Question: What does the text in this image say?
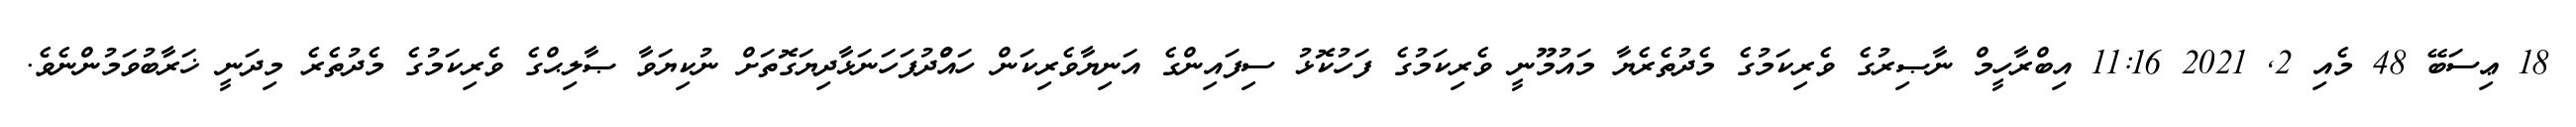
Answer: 18 ޢިސަބޭ 48 މެއި 2, 2021 11:16 އިބްރާހީމް ނާޞިރުގެ ވެރިކަމުގެ މެދުތެރެޔާ މައުމޫނީ ވެރިކަމުގެ ފަހުކޮޅު ސިފައިންގެ އަނިޔާވެރިކަން ހައްުދުފަހަނަޅާދިޔަގޮތަށް ނުކިޔަވާ ޞާލިޙްގެ ވެރިކަމުގެ މެދުތެރެ މިދަނީ ޚަރާބުވަމުންނެވެ.